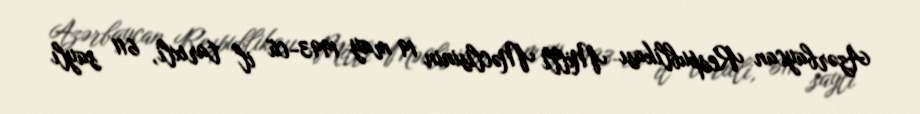
Azərbaycan Respublikası Milli Məclisinin 19 may 1993-cü il tarixli, 611 saylı